Annual administration report of the Civil Veterinary Department of India - 1899-1900
Year: 1899
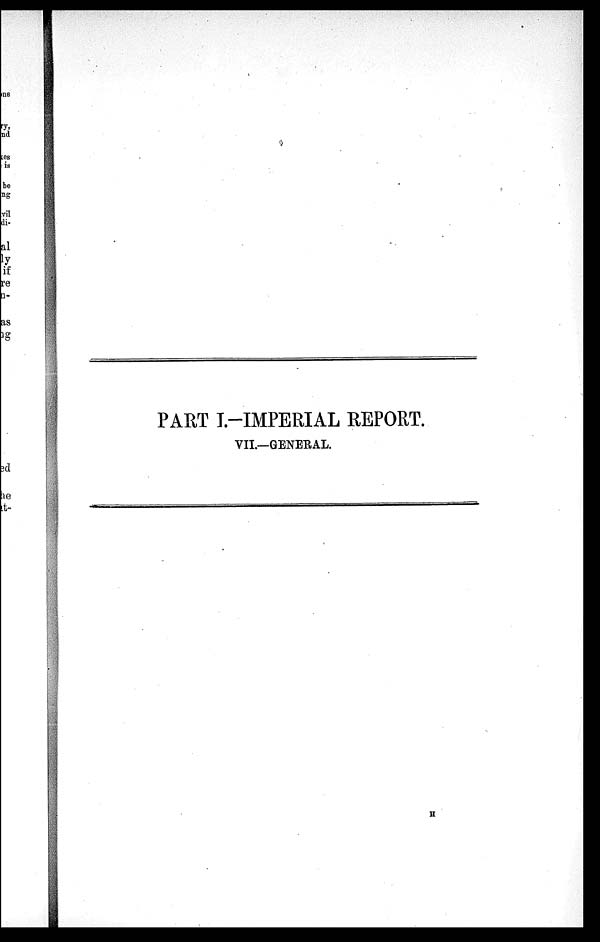
PART I.—IMPERIAL REPORT.
VII.—GENERAL.